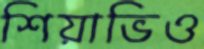
শিয়াভিও